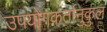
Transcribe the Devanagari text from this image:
उपयोगकर्तानुकुल